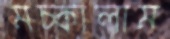
মচ্‌কালাম